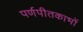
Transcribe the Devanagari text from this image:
पर्णपीतकाभों